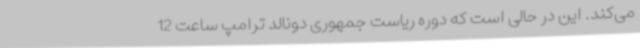
می‌کند. این در حالی است که دوره ریاست جمهوری دونالد ترامپ ساعت 12